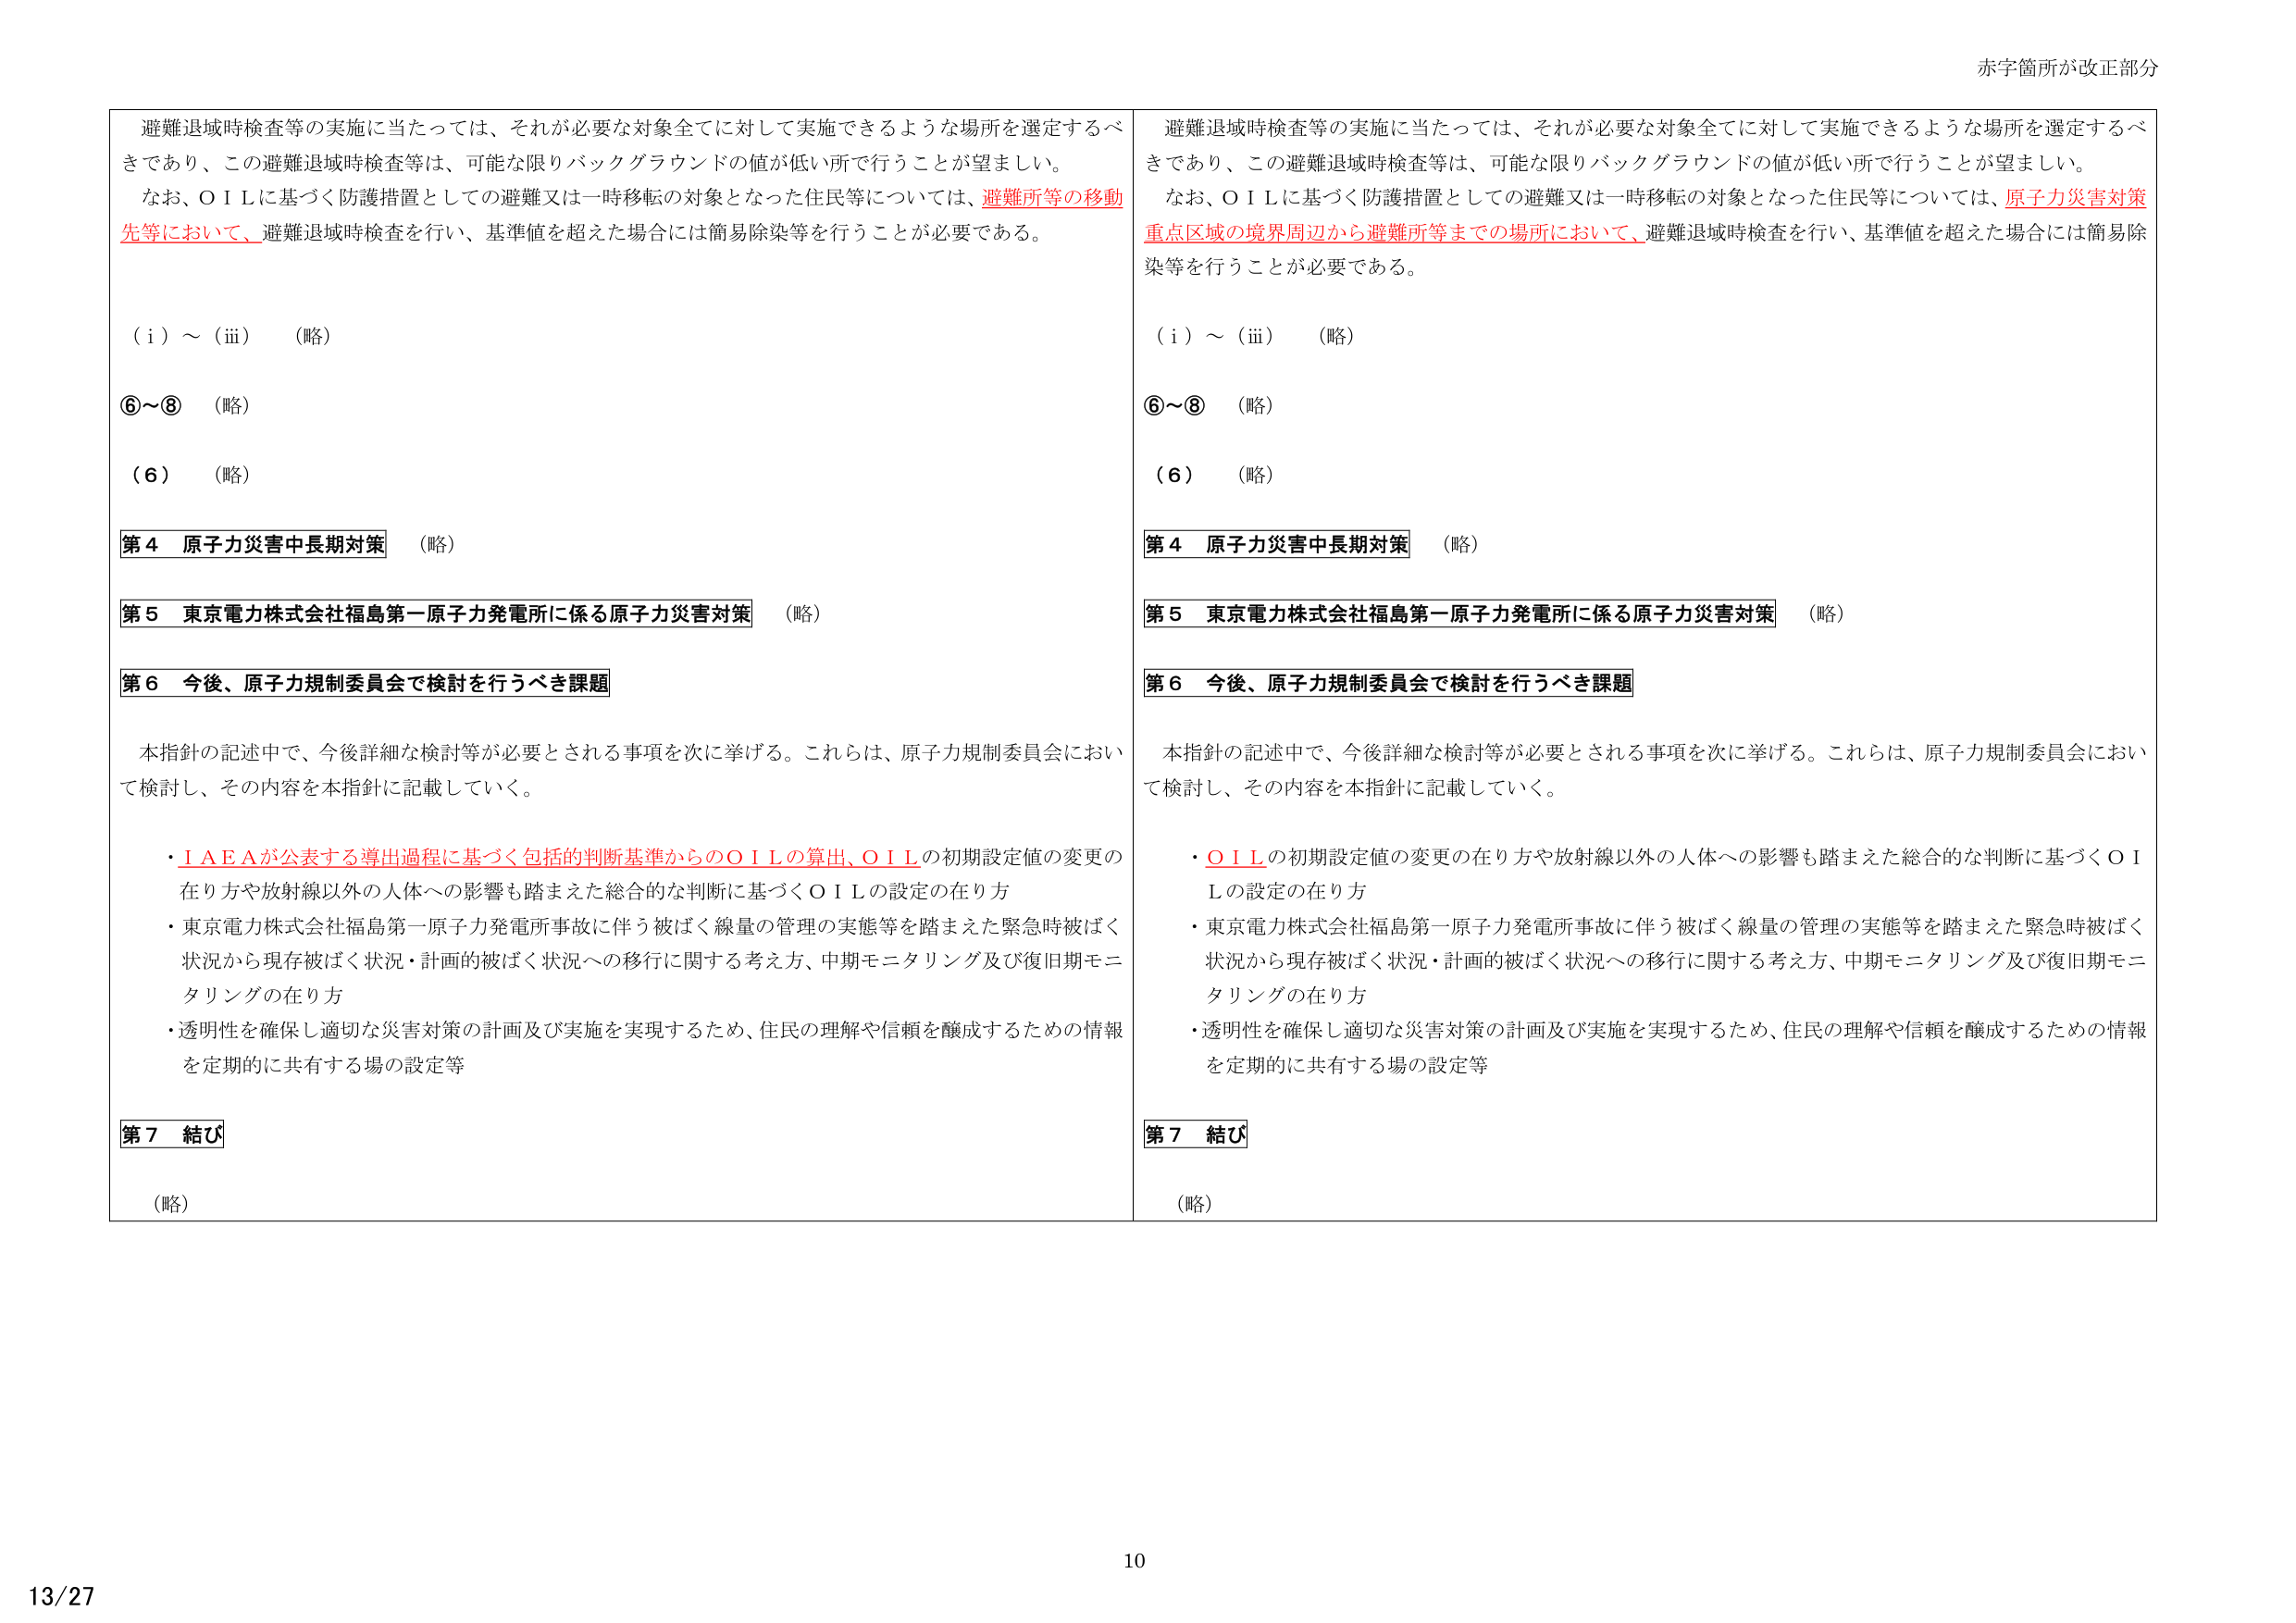
赤字箇所が改正部分

避難退域時検査等の実施に当たっては、それが必要な対象全てに対して実施できるような場所を選定するべきであり、この避難退域時検査等は、可能な限りバックグラウンドの値が低い所で行うことが望ましい。
なお、ＯＩＬに基づく防護措置としての避難又は一時移転の対象となった住民等については、避難所等の移動先等において、避難退域時検査を行い、基準値を超えた場合には簡易除染等を行うことが必要である。

（ｉ）～（iii）　（略）
⑥～⑧　（略）
（６）　（略）

第４　原子力災害中長期対策　（略）
第５　東京電力株式会社福島第一原子力発電所に係る原子力災害対策　（略）
第６　今後、原子力規制委員会で検討を行うべき課題

本指針の記述中で、今後詳細な検討等が必要とされる事項を次に挙げる。これらは、原子力規制委員会において検討し、その内容を本指針に記載していく。

・ＩＡＥＡが公表する導出過程に基づく包括的判断基準からのＯＩＬの算出、ＯＩＬの初期設定値の変更の在り方や放射線以外の人体への影響も踏まえた総合的な判断に基づくＯＩＬの設定の在り方
・東京電力株式会社福島第一原子力発電所事故に伴う被ばく線量の管理の実態等を踏まえた緊急時被ばく状況から現存被ばく状況・計画的被ばく状況への移行に関する考え方、中期モニタリング及び復旧期モニタリングの在り方
・透明性を確保し適切な災害対策の計画及び実施を実現するため、住民の理解や信頼を醸成するための情報を定期的に共有する場の設定等

第７　結び
（略）

避難退域時検査等の実施に当たっては、それが必要な対象全てに対して実施できるような場所を選定するべきであり、この避難退域時検査等は、可能な限りバックグラウンドの値が低い所で行うことが望ましい。
なお、ＯＩＬに基づく防護措置としての避難又は一時移転の対象となった住民等については、原子力災害対策重点区域の境界周辺から避難所等までの場所において、避難退域時検査を行い、基準値を超えた場合には簡易除染等を行うことが必要である。

（ｉ）～（iii）　（略）
⑥～⑧　（略）
（６）　（略）

第４　原子力災害中長期対策　（略）
第５　東京電力株式会社福島第一原子力発電所に係る原子力災害対策　（略）
第６　今後、原子力規制委員会で検討を行うべき課題

本指針の記述中で、今後詳細な検討等が必要とされる事項を次に挙げる。これらは、原子力規制委員会において検討し、その内容を本指針に記載していく。

・ＯＩＬの初期設定値の変更の在り方や放射線以外の人体への影響も踏まえた総合的な判断に基づくＯＩＬの設定の在り方
・東京電力株式会社福島第一原子力発電所事故に伴う被ばく線量の管理の実態等を踏まえた緊急時被ばく状況から現存被ばく状況・計画的被ばく状況への移行に関する考え方、中期モニタリング及び復旧期モニタリングの在り方
・透明性を確保し適切な災害対策の計画及び実施を実現するため、住民の理解や信頼を醸成するための情報を定期的に共有する場の設定等

第７　結び
（略）

13/27
10